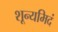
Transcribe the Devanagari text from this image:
शून्यमिदं